Indian journal of veterinary science and animal husbandry - Volumes 18-21, 1948-1951
Year: 1948
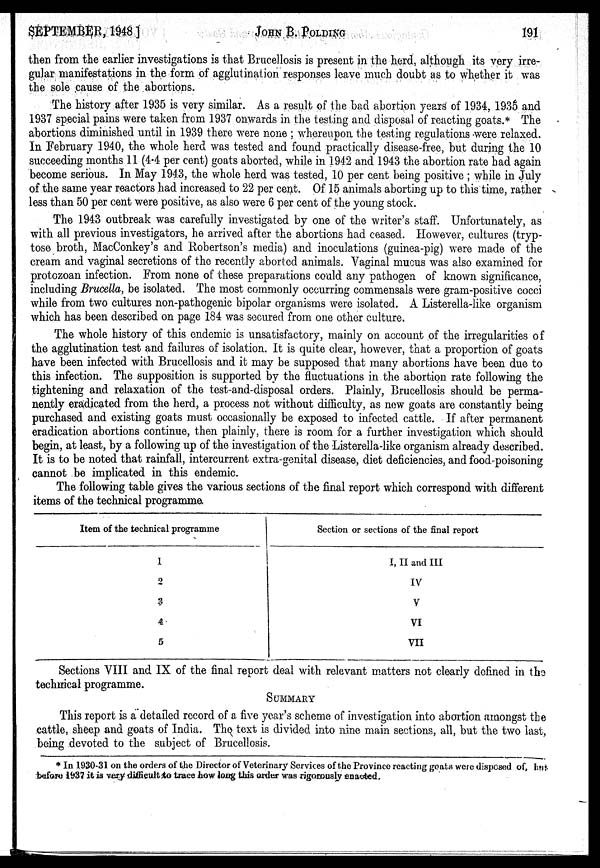
SEPTEMBER, 1948]
JOHN
B.
POLDING
191
then from the earlier investigations is that Brucellosis is present in the herd, although its very irre-
gular manifestations in the form of agglutination responses leave much doubt as to whether it was
the sole cause of the abortions.
The history after 1935 is very similar. As a result of the bad abortion years of 1934, 1935 and
1937 special pains were taken from 1937 onwards in the testing and disposal of reacting goats.* The
abortions diminished until in 1939 there were none ; whereupon the testing regulations were relaxed.
In February 1940, the whole herd was tested and found practically disease-free, but during the 10
succeeding months 11 (4.4 per cent) goats aborted, while in 1942 and 1943 the abortion rate had again
become serious. In May 1943, the whole herd was tested, 10 per cent being positive ; while in July
of the same year reactors had increased to 22 per cent. Of 15 animals aborting up to this time, rather
less than 50 per cent were positive, as also were 6 per cent of the young stock.
The 1943 outbreak was carefully investigated by one of the writer's staff. Unfortunately, as
with all previous investigators, he arrived after the abortions had ceased. However, cultures (tryp-
tose broth, MacConkey's and Robertson's media) and inoculations (guinea-pig) were made of the
cream and vaginal secretions of the recently aborted animals. Vaginal mucus was also examined for
protozoan infection. From none of these preparations could any pathogen of known significance,
including Brucella, be isolated. The most commonly occurring commensals were gram-positive cocci
while from two cultures non-pathogenic bipolar organisms were isolated. A Listerella-like organism
which has been described on page 184 was secured from one other culture.
The whole history of this endemic is unsatisfactory, mainly on account of the irregularities of
the agglutination test and failures of isolation. It is quite clear, however, that a proportion of goats
have been infected with Brucellosis and it may be supposed that many abortions have been due to
this infection. The supposition is supported by the fluctuations in the abortion rate following the
tightening and relaxation of the test-and-disposal orders. Plainly, Brucellosis should be perma-
nently eradicated from the herd, a process not without difficulty, as new goats are constantly being
purchased and existing goats must occasionally be exposed to infected cattle. If after permanent
eradication abortions continue, then plainly, there is room for a further investigation which should
begin, at least, by a following up of the investigation of the Listerella-like organism already described.
It is to be noted that rainfall, intercurrent extra-genital disease, diet deficiencies, and food-poisoning
cannot be implicated in this endemic.
The following table gives the various sections of the final report which correspond with different
items of the technical programme
Item of the technical programme
1
2
3
4
5
Section or sections of the final report
I, II and III
IV
V
VI
VII
Sections VIII and IX of the final report deal with relevant matters not clearly defined in the
technical programme.
SUMMARY
This report is a detailed record of a five year's scheme of investigation into abortion amongst the
cattle, sheep and goats of India. The text is divided into nine main sections, all, but the two last,
being devoted to the subject of Brucellosis.
* In 1930-31 on the orders of the Director of Veterinary Services of the Province reacting goats were disposed of, but
before 1937 it is very difficult to trace how long this order was rigorously enacted.